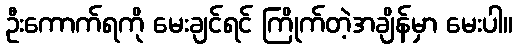
ဦးကောက်ရကို မေးချင်ရင် ကြိုက်တဲ့အချိန်မှာ မေးပါ။